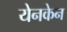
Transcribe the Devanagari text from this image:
येनकेन